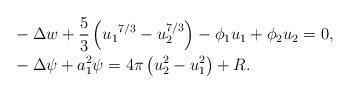
LaTeX: \begin{align*}&- \Delta w + \frac{5}{3} \left( {u_{1}}^{7/3} - u_{2}^{7/3} \right) - \phi_{1} u_{1} + \phi_{2} u_{2} = 0, \\&- \Delta \psi + a_{1}^{2} \psi = 4 \pi \left( u_{2}^{2} - u_{1}^{2} \right) + R. \end{align*}